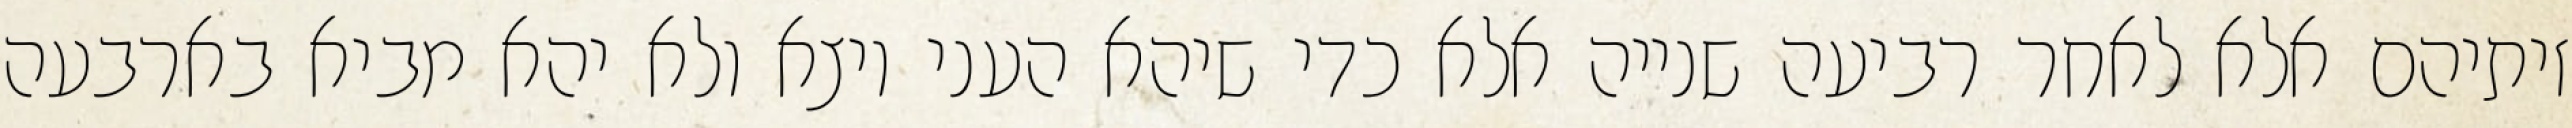
זיתיהם אלא לאחר רביעה שנייה אלא כדי שיהא העני יוצא ולא יהא מביא בארבעה